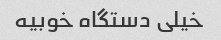
خیلی دستگاه خوبیه